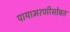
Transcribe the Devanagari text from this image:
पायाभरणीसोबत